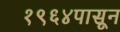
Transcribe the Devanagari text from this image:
१९६४पासून